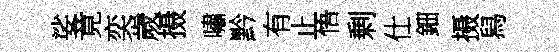
娑竟奕歲摄嘯黔有止悟剰仕鈿摄舄